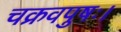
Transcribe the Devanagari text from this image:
चक्रवपुषः।